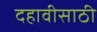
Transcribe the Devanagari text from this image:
दहावीसाठी